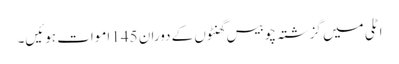
اٹلی میں گزشتہ چوبیس گھنٹوں کے دوران 145 اموات ہوئیں۔